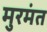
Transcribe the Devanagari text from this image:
मुरमंत